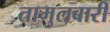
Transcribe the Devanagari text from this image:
तामुलबारी